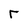
Character: r